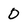
Character: 0